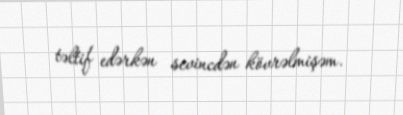
təltif edərkən sevincdən kövrəlmişəm.